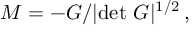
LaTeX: { \cal M } = - G / | \mathrm { d e t } \ G | ^ { 1 / 2 } \, ,